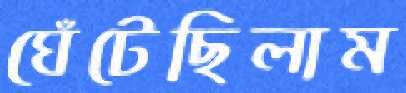
ঘেঁটেছিলাম